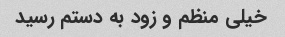
خیلی منظم و زود به دستم رسید